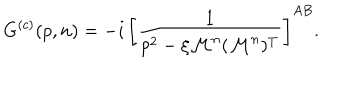
G ^ { ( c ) } ( p , n ) = - i \, \left[ \frac { 1 } { p ^ { 2 } - \xi \mathcal { M } ^ { n } ( \mathcal { M } ^ { n } ) ^ { T } } \right] ^ { A B } .